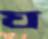
ঘ